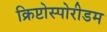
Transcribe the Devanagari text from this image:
क्रिप्टोस्पोरीडम